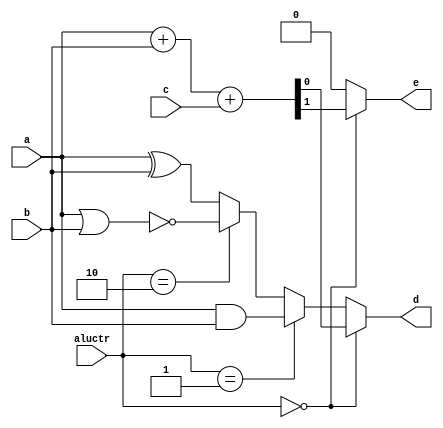
module lab1_2 (a, b, c, aluctr, d, e);
input a, b, c;
input [1:0] aluctr;
output d, e;
//	add your design here 

wire d1,d2,d3,d4;
wire e1,e2,e3,e4;

assign {e1,d1} = a + b + c;
assign d2 = a & b;
assign d3 = ! (a | b);
assign d4 = a ^ b;
assign e2 = 0;
assign e3 = 0;
assign e4 = 0;
assign d = (aluctr==0) ? d1 : (aluctr==1) ? d2 : (aluctr==2) ? d3 : d4;
assign e = (aluctr==0) ? e1 : (aluctr==1) ? e2 : (aluctr==2) ? e3 : e4;      

endmodule